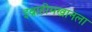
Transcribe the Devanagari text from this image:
इब्राहीमखानला